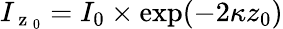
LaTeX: I_{\mathrm{~z~}_{0}}=I_{0}\times\exp(-2\kappa z_{0})